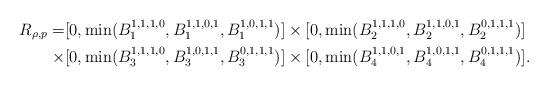
LaTeX: \begin{align*}R_{\rho, p}=&[0, \min(B^{1,1,1,0}_1, B^{1,1,0,1}_1,B^{1,0,1,1}_1)] \times [0, \min(B^{1,1,1,0}_2, B^{1,1,0,1}_2,B^{0,1,1,1}_2)] \\\times& [0, \min(B^{1,1,1,0}_3, B^{1,0,1,1}_3, B^{0,1,1,1}_3)]\times [0, \min(B^{1,1,0,1}_4, B^{1,0,1,1}_4,B^{0,1,1,1}_4)].\end{align*}